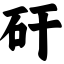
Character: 矸